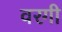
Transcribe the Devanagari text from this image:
वरगी